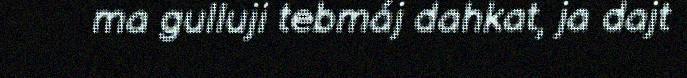
ma gulluji tebmáj dahkat, ja dajt